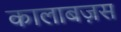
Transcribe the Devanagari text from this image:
कालाबज़स